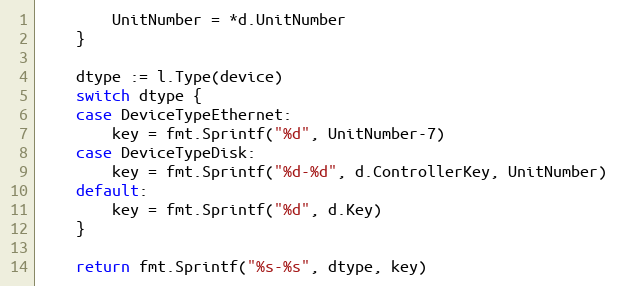
Language: Go
		UnitNumber = *d.UnitNumber
	}

	dtype := l.Type(device)
	switch dtype {
	case DeviceTypeEthernet:
		key = fmt.Sprintf("%d", UnitNumber-7)
	case DeviceTypeDisk:
		key = fmt.Sprintf("%d-%d", d.ControllerKey, UnitNumber)
	default:
		key = fmt.Sprintf("%d", d.Key)
	}

	return fmt.Sprintf("%s-%s", dtype, key)